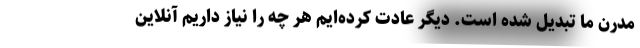
مدرن ما تبدیل شده است. دیگر عادت کرده‌ایم هر چه را نیاز داریم آنلاین